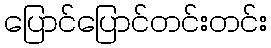
ပြောင်ပြောင်တင်းတင်း